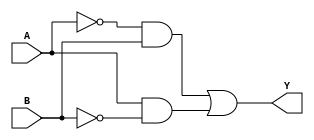
module xor_gate(
    input A,
    input B,
    output Y
);

wire not_A, not_B, and1_out, and2_out;

assign not_A = ~A;
assign not_B = ~B;

and gate1(and1_out, not_A, B);
and gate2(and2_out, A, not_B);

or gate3(Y, and1_out, and2_out);

endmodule